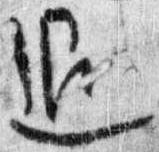
退